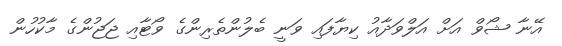
އޭނާ ޝޯވް އަށް އަލްވަދާއު ކިޔާފައި ވަނީ ބެލުންތެރިންގެ ވޯޓާއި ޖަޖުންގެ މާކުހުން